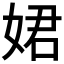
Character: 𡝗